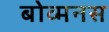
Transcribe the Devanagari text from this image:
बोव्मनस